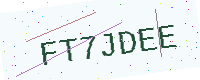
Text: FT7JDEE